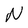
Character: N